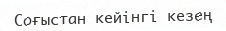
Соғыстан кейінгі кезең